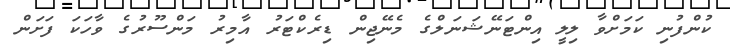
ކުންފުނި ކަމަށްވާ ލިލީ އިންޓަނޭޝަނަލްގެ މެނޭޖިން ޑިރެކްޓަރު އާމިރު މަންސޫރުގެ ވާހަކަ ފަށަން